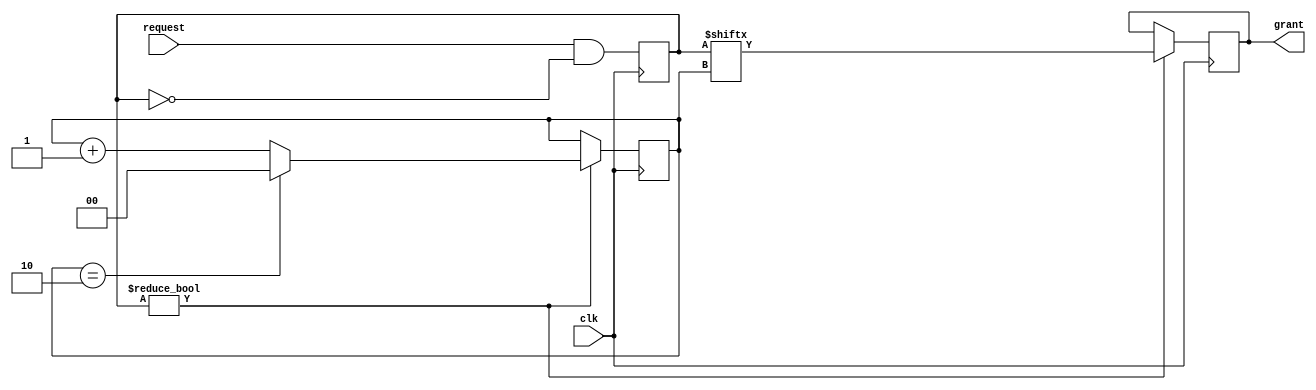
module round_robin_arbiter (
    input wire clk,
    input wire [3:0] request,
    output wire grant
);

reg [3:0] priority;
reg [1:0] round;

always @(posedge clk) begin
    // Priority encoding of requests
    priority <= request & ~priority;
    
    // Round-robin scheduling algorithm
    if (priority != 4'b0000) begin
        grant <= priority[round];
        round <= round + 1;
        if (round == 2) round <= 0;
    end
end

endmodule